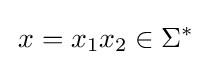
\,x=x_{1}x_{2}\in \Sigma ^{*}